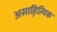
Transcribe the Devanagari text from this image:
असाहित्यि़क